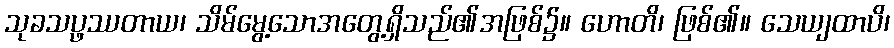
သုခသပ္ဖဿတာယ၊ သိမ်မွေ့သောအတွေ့ရှိသည်၏အဖြစ်၌။ ဟောတိ၊ ဖြစ်၏။ သေယျထာပိ၊